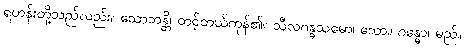
ရဟန်းတို့သည်လည်း။ သောဘန္တိ၊ တင့်တယ်ကုန်၏။ သီလဂန္ဓသမော၊ သော။ ဂန္ဓော၊ မည်။